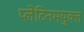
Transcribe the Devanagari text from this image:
प्लेटिनमयुक्त